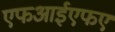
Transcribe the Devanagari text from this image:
एफआईएफए